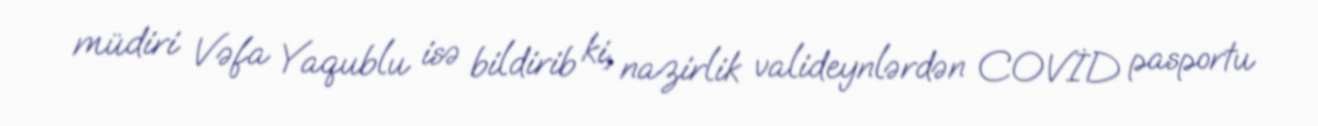
müdiri Vəfa Yaqublu isə bildirib ki, nazirlik valideynlərdən COVİD pasportu